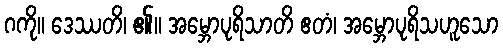
ဂကို။ ဒေဿတိ၊ ၏။ အမ္ဘောပုရိသာတိ ဧတံ၊ အမ္ဘောပုရိသဟူသော